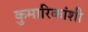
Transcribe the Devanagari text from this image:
कुमारिकांशी